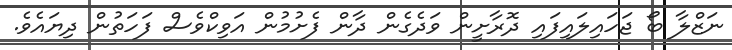
ނަޒްލާ ބޯ ޖަހައިލައިފައި ދޮރާށީން ވަދެގެން ދާން ފެށުމުން އަވިކްވެސް ފަހަތުން ދިޔައެވެ.